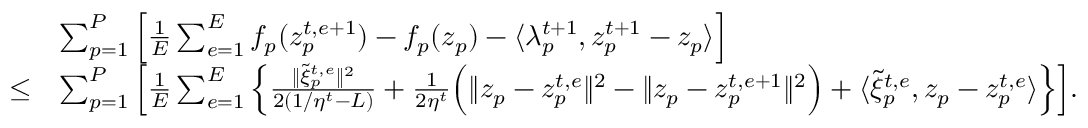
\begin{array} { r l } & { \sum _ { p = 1 } ^ { P } \Big [ \frac { 1 } { E } \sum _ { e = 1 } ^ { E } f _ { p } ( z _ { p } ^ { t , e + 1 } ) - f _ { p } ( z _ { p } ) - \langle \lambda _ { p } ^ { t + 1 } , z _ { p } ^ { t + 1 } - z _ { p } \rangle \Big ] } \\ { \leq } & { \sum _ { p = 1 } ^ { P } \Big [ \frac { 1 } { E } \sum _ { e = 1 } ^ { E } \Big \{ \frac { \| \tilde { \xi } _ { p } ^ { t , e } \| ^ { 2 } } { 2 ( 1 / \eta ^ { t } - L ) } + \frac { 1 } { 2 \eta ^ { t } } \Big ( \| z _ { p } - z _ { p } ^ { t , e } \| ^ { 2 } - \| z _ { p } - z _ { p } ^ { t , e + 1 } \| ^ { 2 } \Big ) + \langle \tilde { \xi } _ { p } ^ { t , e } , z _ { p } - z _ { p } ^ { t , e } \rangle \Big \} \Big ] . } \end{array}